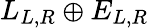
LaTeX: L_{L,R}\oplus E_{L,R}